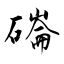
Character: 磮